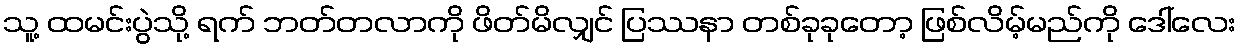
သူ့ ထမင်းပွဲသို့ ရက် ဘတ်တလာကို ဖိတ်မိလျှင် ပြဿနာ တစ်ခုခုတော့ ဖြစ်လိမ့်မည်ကို ဒေါ်လေး